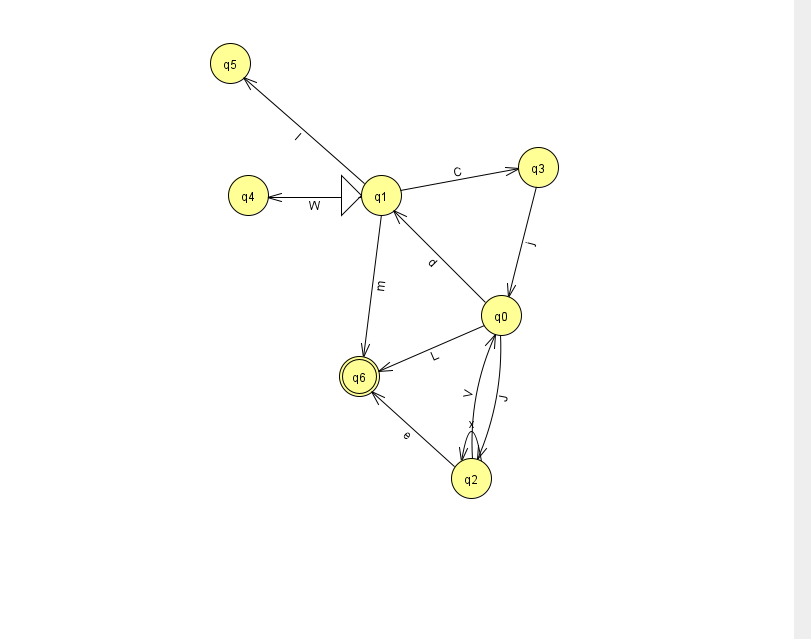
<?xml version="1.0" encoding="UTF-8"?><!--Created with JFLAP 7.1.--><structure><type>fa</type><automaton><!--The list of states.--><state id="0" name="q0"><x>501.0</x><y>302.0</y></state><state id="1" name="q1"><x>381.0</x><y>182.0</y><initial/></state><state id="2" name="q2"><x>471.0</x><y>465.0</y></state><state id="3" name="q3"><x>538.0</x><y>154.0</y></state><state id="4" name="q4"><x>248.0</x><y>182.0</y></state><state id="5" name="q5"><x>230.0</x><y>50.0</y></state><state id="6" name="q6"><x>359.0</x><y>363.0</y><final/></state><!--The list of transitions.--><transition><from>1</from><to>3</to><read>C</read></transition><transition><from>1</from><to>6</to><read>m</read></transition><transition><from>0</from><to>2</to><read>J</read></transition><transition><from>1</from><to>4</to><read>W</read></transition><transition><from>3</from><to>0</to><read>j</read></transition><transition><from>2</from><to>2</to><read>x</read></transition><transition><from>0</from><to>1</to><read>d</read></transition><transition><from>2</from><to>0</to><read>V</read></transition><transition><from>2</from><to>6</to><read>e</read></transition><transition><from>0</from><to>6</to><read>L</read></transition><transition><from>1</from><to>5</to><read>I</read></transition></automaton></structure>